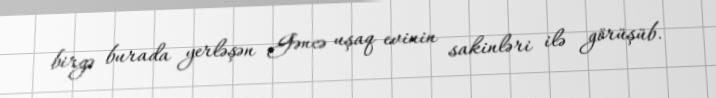
birgə burada yerləşən Gəncə uşaq evinin sakinləri ilə görüşüb.